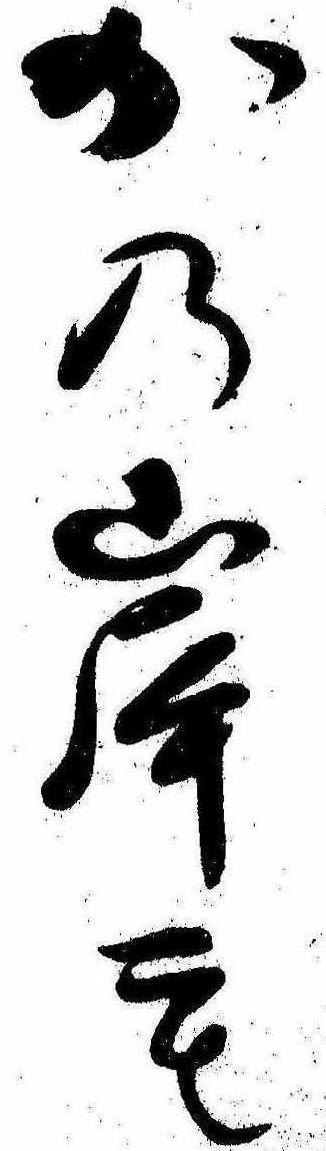
かの岸も